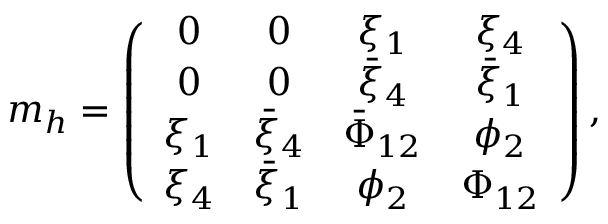
m _ { h } = \left( \begin{array} { c c c c } { { 0 } } & { { 0 } } & { { \xi _ { 1 } } } & { { \xi _ { 4 } } } \\ { { 0 } } & { { 0 } } & { { \bar { \xi } _ { 4 } } } & { { \bar { \xi } _ { 1 } } } \\ { { \xi _ { 1 } } } & { { \bar { \xi } _ { 4 } } } & { { \bar { \Phi } _ { 1 2 } } } & { { \phi _ { 2 } } } \\ { { \xi _ { 4 } } } & { { \bar { \xi } _ { 1 } } } & { { \phi _ { 2 } } } & { { \Phi _ { 1 2 } } } \end{array} \right) ,